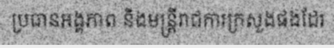
ប្រធានអង្គភាព និងមន្ត្រីរាជការក្រសួងផងដែរ